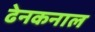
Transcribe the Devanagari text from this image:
ढेनकनाल